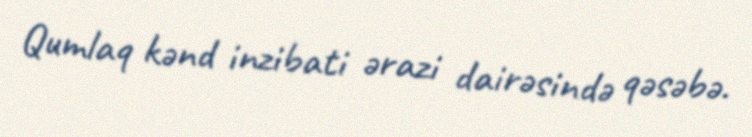
Qumlaq kənd inzibati ərazi dairəsində qəsəbə.